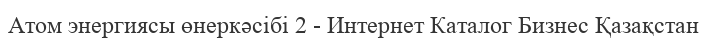
Атом энергиясы өнеркәсібі 2 - Интернет Каталог Бизнес Қазақстан